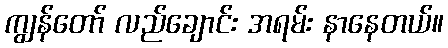
ကျွန်တော် လည်ချောင်း အရမ်း နာနေတယ်။